Annual report of the Punjab Veterinary College and of the Civil Veterinary Department, Punjab - 1926-1932
Year: 1926
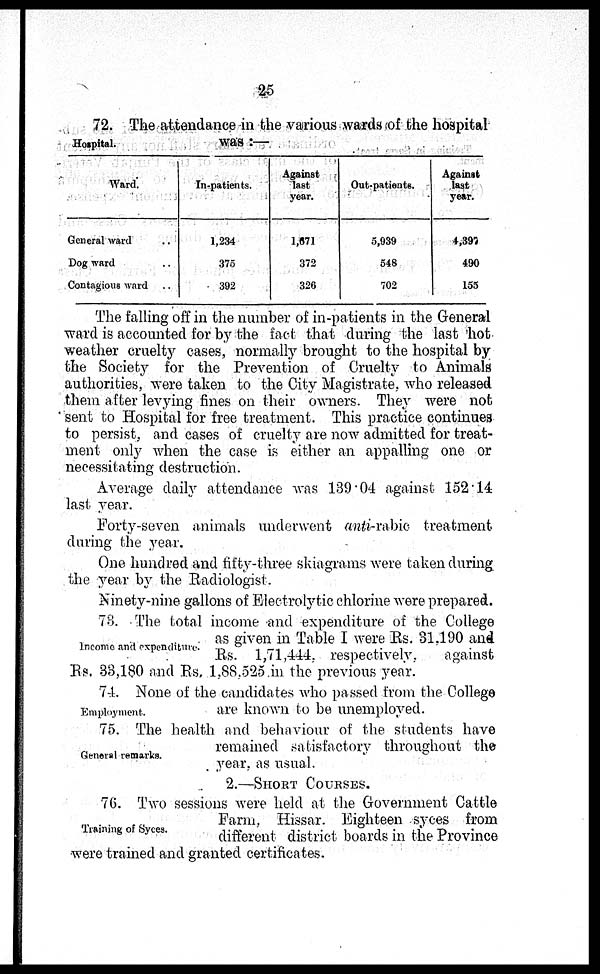
25
Hospital.
72. The attendance in the various wards of the hospital
was :—
Ward.
General ward ..
Dog ward ..
Contagious ward ..
In-patients.
1,234
375
392
Against
last
year.
1,671
372
326
Out-patients.
5,939
548
702
Against
last
year.
4,397
490
155
The falling off in the number of in-patients in the General
ward is accounted for by the fact that during the last hot
weather cruelty cases, normally brought to the hospital by
the Society for the Prevention of Cruelty to Animals
authorities, were taken to the City Magistrate, who released
them after levying fines on their owners. They were not
sent to Hospital for free treatment. This practice continues
to persist, and cases of cruelty are now admitted for treat-
ment only when the case is either an appalling one or
necessitating destruction.
Average daily attendance was 139.04 against 152.14
last year.
Forty-seven animals underwent anti-rabic treatment
during the year.
One hundred and fifty-three skiagrams were taken during
the year by the Radiologist.
Ninety-nine gallons of Electrolytic chlorine were prepared.
Income and expenditure.
73. The total income and expenditure of the College
as given in Table I were Rs. 31,190 and
Rs. 1,71,444. respectively,
against
Rs. 33,180 and Rs. 1,88,525 in the previous year.
Employment.
74. None of the candidates who passed from the College
are known to be unemployed.
General remarks.
75. The health and behaviour of the students have
remained satisfactory throughout the
year, as usual.
2.—SHORT COURSES.
Training of Syces.
76. Two sessions were held at the Government Cattle
Farm, Hissar. Eighteen syces from
different district boards in the Province
were trained and granted certificates.